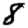
Digit: 8